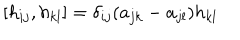
LaTeX: [ h _ { i j } , h _ { k l } ] = \delta _ { i j } ( a _ { j k } - a _ { j l } ) h _ { k l }